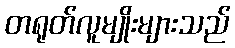
တရုတ်လူမျိုးများသည်